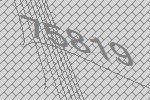
75819